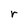
Character: r